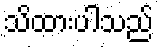
သိထားပါသည်